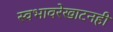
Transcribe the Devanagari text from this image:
स्वभावरेखाटनही